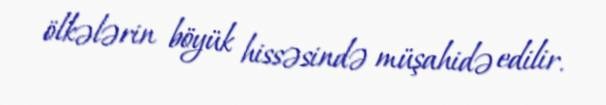
ölkələrin böyük hissəsində müşahidə edilir.